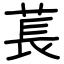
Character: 萇